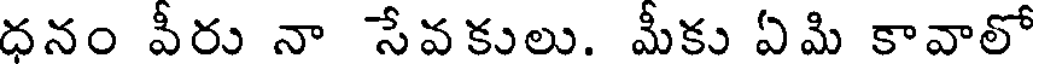
ధనం వీరు నా సేవకులు. మీకు ఏమి కావాలో